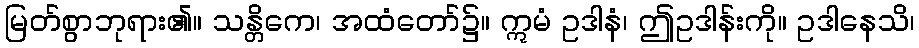
မြတ်စွာဘုရား၏။ သန္တိကေ၊ အထံတော်၌။ ဣမံ ဥဒါနံ၊ ဤဥဒါန်းကို။ ဥဒါနေသိ၊